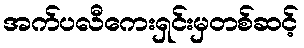
အက်ပလီကေးရှင်းမှတစ်ဆင့်